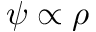
\psi \propto \rho